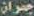
چمران